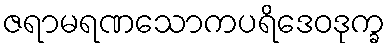
ဇရာမရဏသောကပရိဒေဝဒုက္ခ